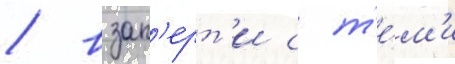
/ взап'ерт'и с т'е́м'и